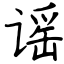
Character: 谣